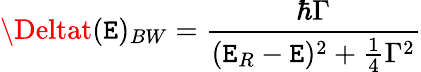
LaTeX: \Deltat(\mathtt{E})_{BW}={\frac{{\hbar\Gamma}}{{(\mathtt{E}_{R}-\mathtt{E})^{2}+{\frac{{1}}{{4}}}\Gamma^{2}}}}